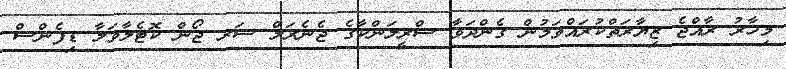
މިހާރު ރާއްޖެ ޒިޔާރަތްކުރައްވަމުން ގެންދަވާ ސްރީލަންކާގެ ޖެނެރަލް ސަރ ޖޯން ކޮޓެލާވަލާ ޑިފެންސް